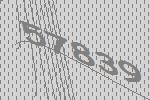
57839